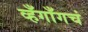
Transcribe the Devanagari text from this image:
व्हँगाँगचं